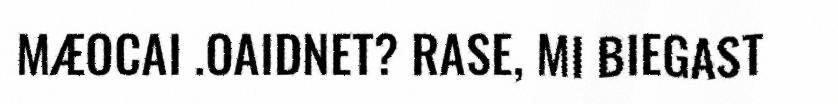
MÆOCAI .OAIDNET? RASE, MI BIEGAST